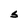
Character: S